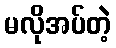
မလိုအပ်တဲ့